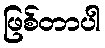
ဖြစ်တာပါ